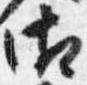
御